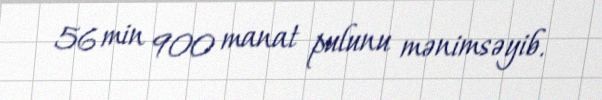
56 min 900 manat pulunu mənimsəyib.